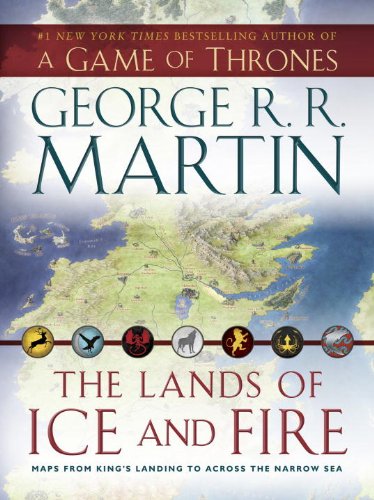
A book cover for The Lands of Ice and Fire (A Game of Thrones): Maps from King's Landing to Across the Narrow Sea; George R. R. Martin; Science Fiction & Fantasy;